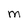
Character: M